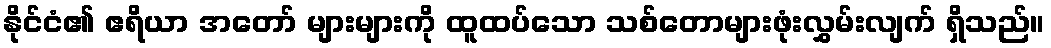
နိုင်ငံ၏ ဧရိယာ အတော် များများကို ထူထပ်သော သစ်တောများဖုံးလွှမ်းလျက် ရှိသည်။